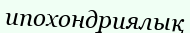
ипохондриялық